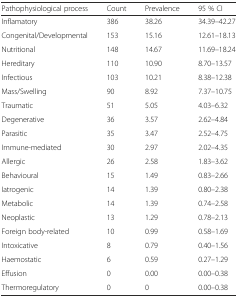
| Pathophysiological process | Count | Prevalence | 95 % CI |
 | --- | --- | --- | --- |
 | Inflamatory | 386 | 38.26 | 34.39–42.27 |
 | Congenital/Developmental | 153 | 15.16 | 12.61–18.13 |
 | Nutritional | 148 | 14.67 | 11.69–18.24 |
 | Hereditary | 110 | 10.90 | 8.70–13.57 |
 | Infectious | 103 | 10.21 | 8.38–12.38 |
 | Mass/Swelling | 90 | 8.92 | 7.37–10.75 |
 | Traumatic | 51 | 5.05 | 4.03–6.32 |
 | Degenerative | 36 | 3.57 | 2.62–4.84 |
 | Parasitic | 35 | 3.47 | 2.52–4.75 |
 | Immune-mediated | 30 | 2.97 | 2.02–4.35 |
 | Allergic | 26 | 2.58 | 1.83–3.62 |
 | Behavioural | 15 | 1.49 | 0.83–2.66 |
 | Iatrogenic | 14 | 1.39 | 0.80–2.38 |
 | Metabolic | 14 | 1.39 | 0.74–2.58 |
 | Neoplastic | 13 | 1.29 | 0.78–2.13 |
 | Foreign body-related | 10 | 0.99 | 0.58–1.69 |
 | Intoxicative | 8 | 0.79 | 0.40–1.56 |
 | Haemostatic | 6 | 0.59 | 0.27–1.29 |
 | Effusion | 0 | 0.00 | 0.00–0.38 |
 | Thermoregulatory | 0 | 0 | 0.00–0.38 |